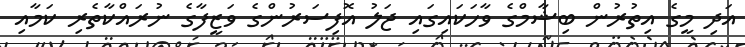
އަދި މީގެ އިތުރުން ބިޝާމްގެ ވާހަކައިގައި ޖަލު އޮފިސަރުންގެ ވަޒީފާގެ ނުރައްކާތެރި ކަމާއި